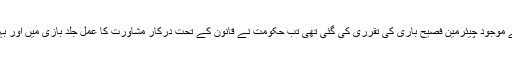
جب قومی احتساب بیورو کے موجود چیئرمین فصیح باری کی تقرری کی گئی تھی تب حکومت نے قانون کے تحت درکار مشاورت کا عمل جلد بازی میں اور بہت کم طور پر مکمل کیا تھا۔